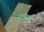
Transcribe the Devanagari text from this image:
थावह